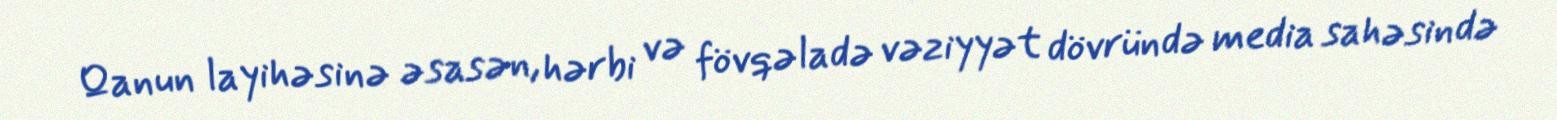
Qanun layihəsinə əsasən, hərbi və fövqəladə vəziyyət dövründə media sahəsində